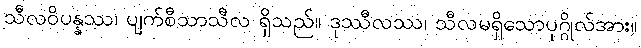
သီလဝိပန္နဿ၊ ပျက်စီသာသီလ ရှိသည်။ ဒုဿီလဿ၊ သီလမရှိသောပုဂ္ဂိုလ်အား။